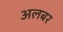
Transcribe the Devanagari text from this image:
अलबर